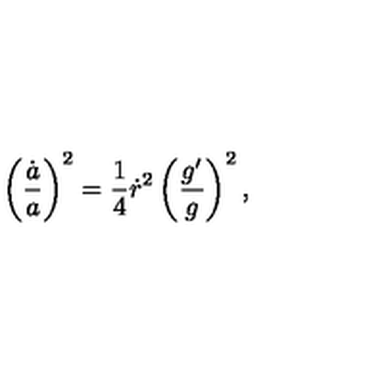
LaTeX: \left( { \frac { \dot { a } } { a } } \right) ^ { 2 } = { \frac { 1 } { 4 } } \dot { r } ^ { 2 } \left( { \frac { g ^ { \prime } } { g } } \right) ^ { 2 } ,